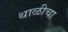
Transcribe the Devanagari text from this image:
थाळीचा